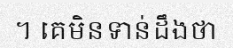
។ គេមិនទាន់ដឹងថា